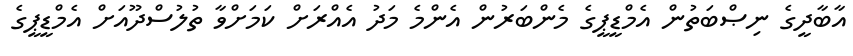
އާބާދީގެ ނިޞްބަތުން އެމްޑީޕީގެ މެންބަރުން އެންމެ މަދު އެއްރަށް ކަމަށްވާ ތުލުސްދޫއަށް އެމްޑީޕީގެ